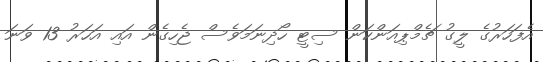
އެފަހަރުގެ ލީގު ޗެމްޕިއަންކަން ސިޓީ ހޯދިނަމަވެސް ޖެހިގެން އައި އަހަރު 13 ވަނަ